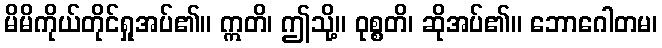
မိမိကိုယ်တိုင်ရှုအပ်၏။ ဣတိ၊ ဤသို့။ ဝုစ္စတိ၊ ဆိုအပ်၏။ ဘောဂေါတမ၊